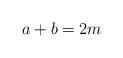
LaTeX: \begin{align*} a+b=2m\end{align*}